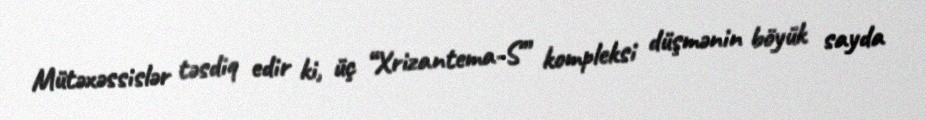
Mütəxəssislər təsdiq edir ki, üç “Xrizantema-S” kompleksi düşmənin böyük sayda